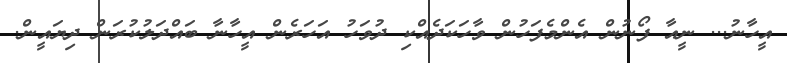
އީހާނު... ނީއާ ފޯނުން އެންމެފަހުން ވާހަކަދެއްކި ދުވަހު އަހަރެން އީހާނާ ބައްދަލުކުރަން ދިޔައީން.